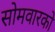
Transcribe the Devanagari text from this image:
सोमवारको